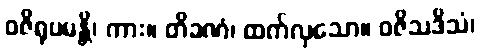
ဝဇိရုပမန္တိ၊ ကား။ တိခဏံ၊ ထက်လှသော။ ဝဇိသဒိသံ၊